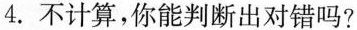
4.不计算，你能判断出对错吗?